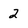
Character: 2